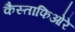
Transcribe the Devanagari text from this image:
कैस्ताफिओरे